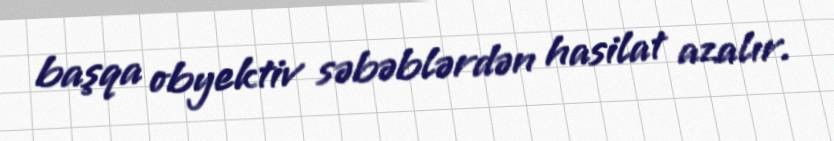
başqa obyektiv səbəblərdən hasilat azalır.